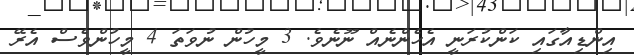
އިންޑިއާގައި ކަންކުރަނީ އެހެންނެއް ނޫނެވެ. 3 މީހުން ނުވަތަ 4 މީހުންވެސް އެރޭ